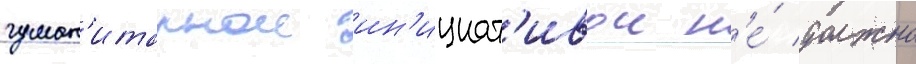
гуман'итарнои ин'ициат'ивои н'е́ должно